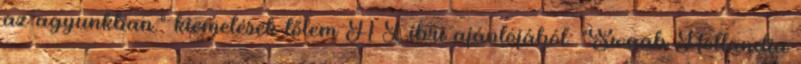
az agyunkban." kiemelések tőlem A Libri ajánlójából: "Swaab Hollandia